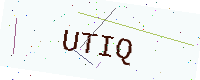
Text: UTIQ